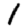
Digit: 1